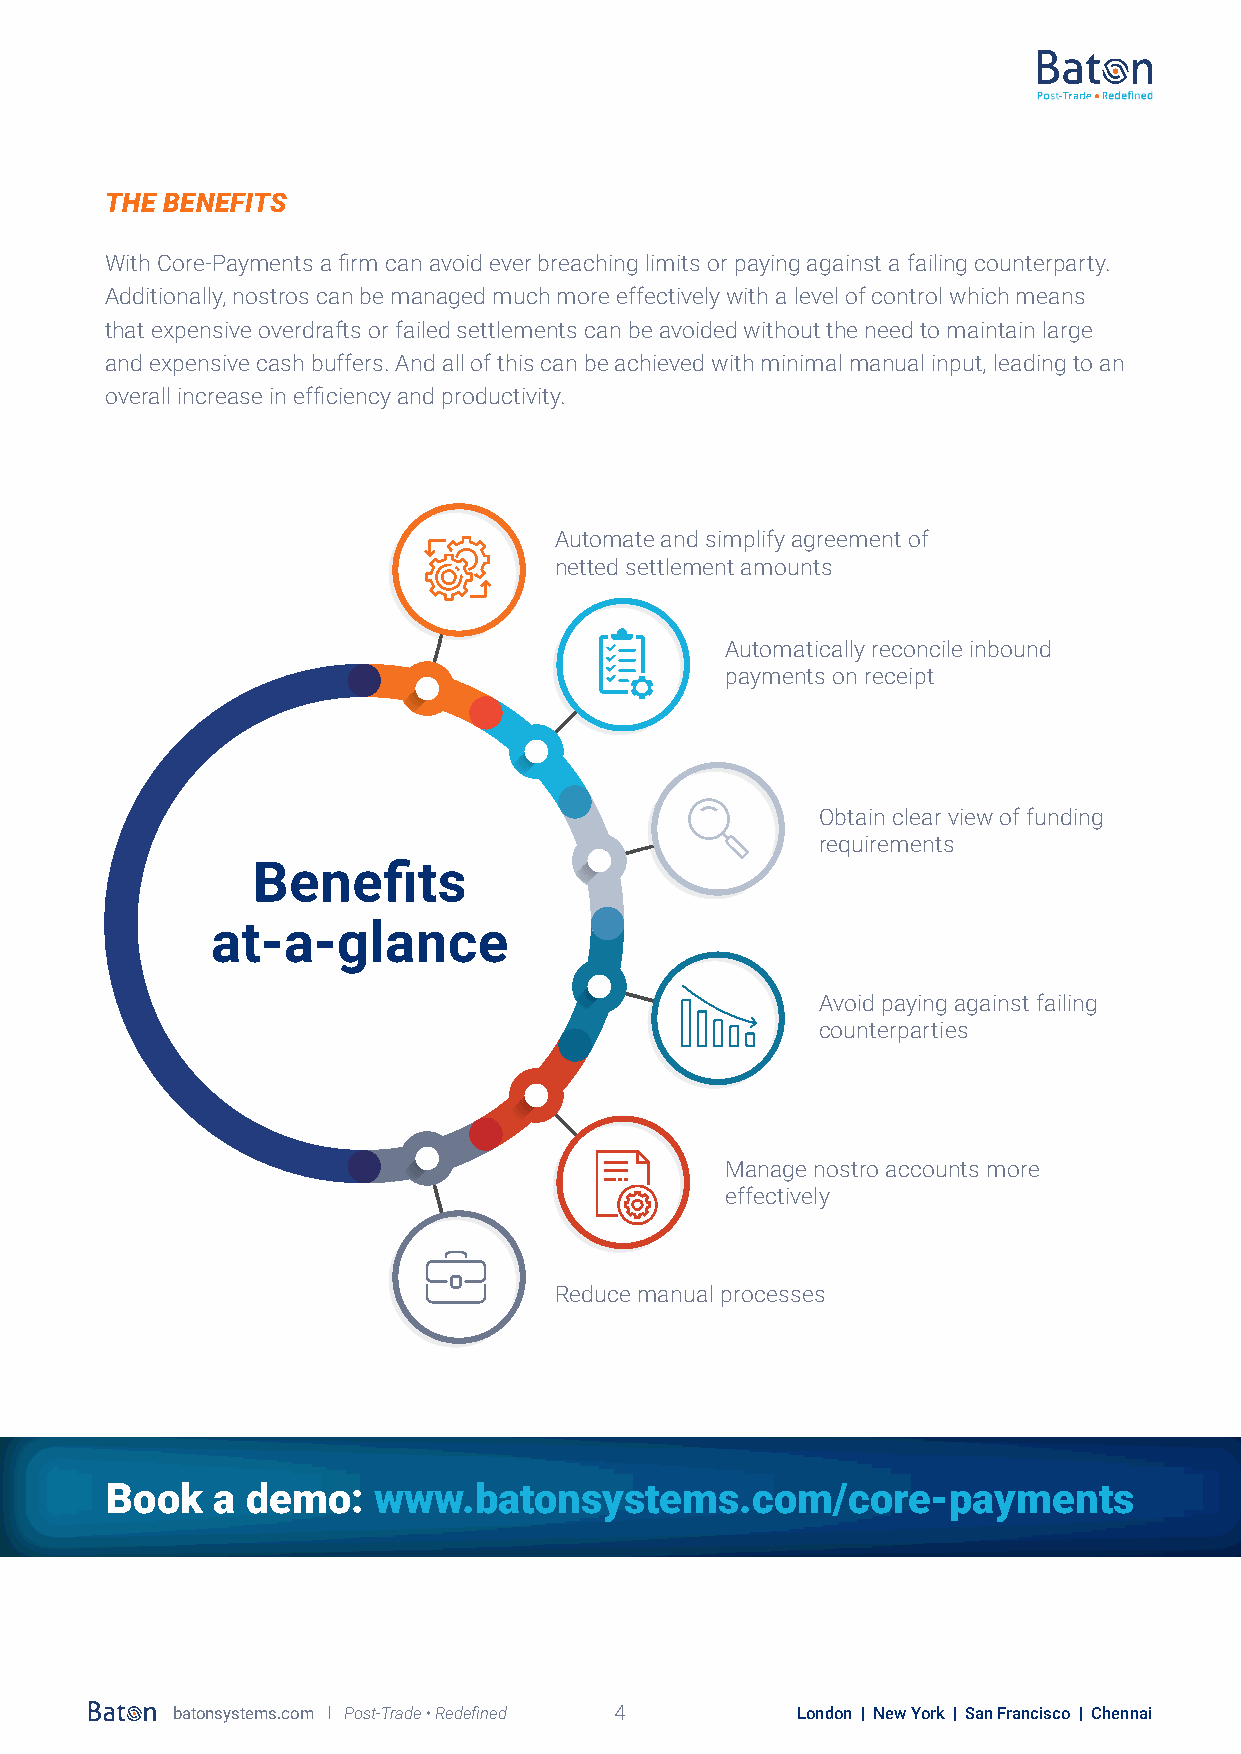
THE BENEFITS
 With Core-Payments a firm can avoid ever breaching limits or paying against a failing counterparty.
 Additionally, nostros can be managed much more effectively with a level of control which means
 that expensive overdrafts or failed settlements can be avoided without the need to maintain large
 and expensive cash buffers. And all of this can be achieved with minimal manual input, leading to an
 overall increase in efficiency and productivity.
 Automate and simplify agreement of
 netted settlement amounts
 Automatically reconcile inbound
 payments on receipt
 Obtain clear view of funding
 requirements
 Benefits
 at-a-glance
 Avoid paying against failing
 counterparties
 Manage nostro accounts more
 effectively
 Reduce manual processes
 Book   a demo:    www.batonsystems.com/core-payments
 batonsystems.com l Post-Trade • Redefined 4 London | New York | San Francisco | Chennai